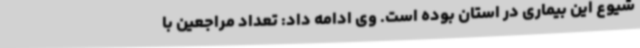
شیوع این بیماری در استان بوده است. وی ادامه داد: تعداد مراجعین با